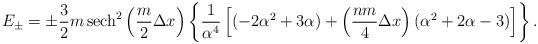
LaTeX: \begin{align*}E_{\pm}=\pm\frac{3}{2}m\,{\rm sech}^{2}\left(\frac{m}{2}\Delta x\right)\left\{\frac{1}{\alpha^{4}}\left[(-2\alpha^{2}+3\alpha)+\left(\frac{nm}{4}\Delta x\right)(\alpha^{2}+2\alpha-3)\right]\right\}.\end{align*}